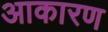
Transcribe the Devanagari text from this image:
आकारण